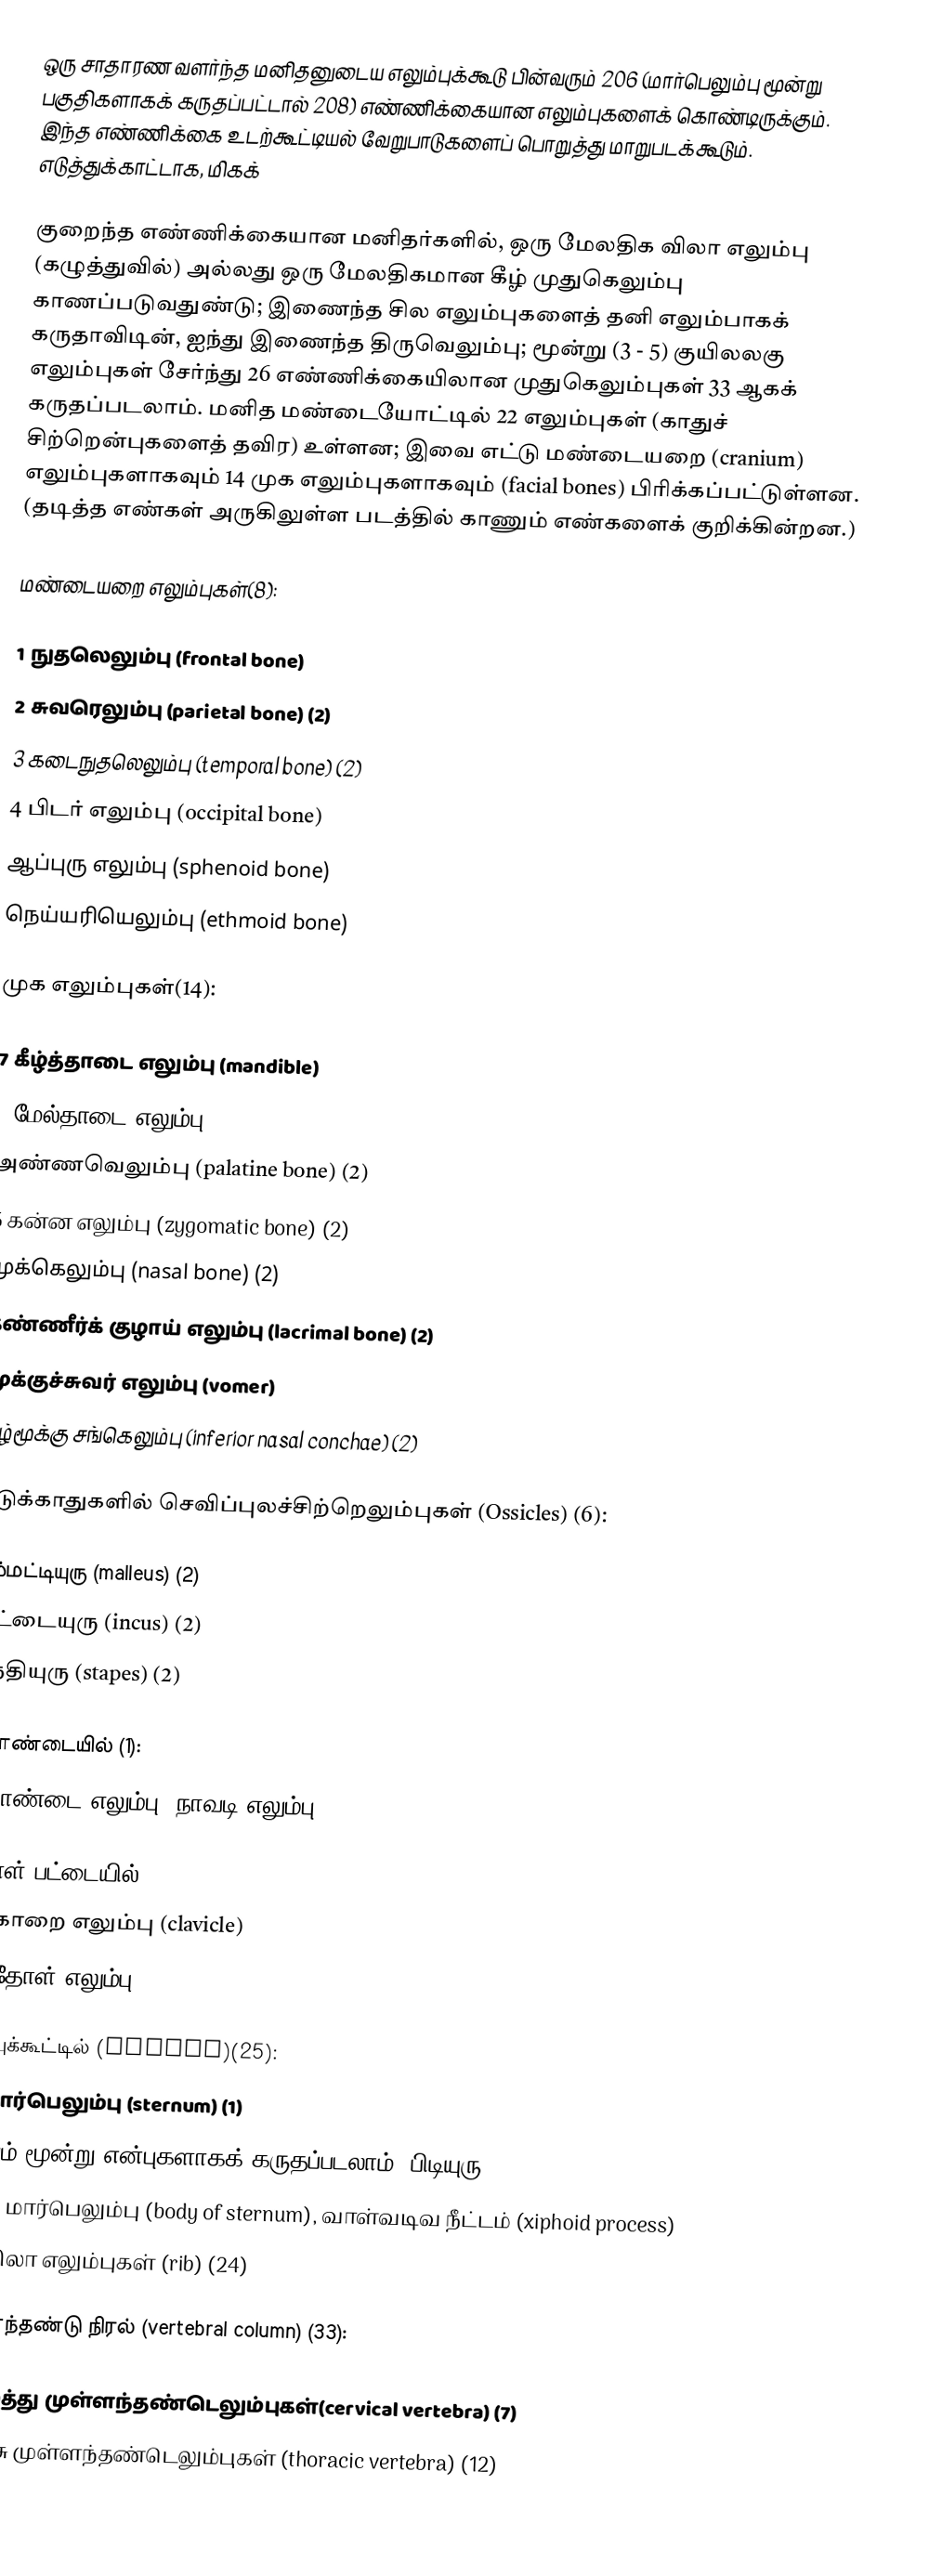
ஒரு சாதாரண வளர்ந்த மனிதனுடைய எலும்புக்கூடு பின்வரும் 206 (மார்பெலும்பு மூன்று பகுதிகளாகக் கருதப்பட்டால் 208) எண்ணிக்கையான எலும்புகளைக் கொண்டிருக்கும். இந்த எண்ணிக்கை உடற்கூட்டியல் வேறுபாடுகளைப் பொறுத்து மாறுபடக்கூடும். எடுத்துக்காட்டாக, மிகக்

குறைந்த எண்ணிக்கையான மனிதர்களில், ஒரு மேலதிக விலா எலும்பு (கழுத்துவில்) அல்லது ஒரு மேலதிகமான கீழ் முதுகெலும்பு காணப்படுவதுண்டு; இணைந்த சில எலும்புகளைத் தனி எலும்பாகக் கருதாவிடின், ஐந்து இணைந்த திருவெலும்பு; மூன்று (3 - 5) குயிலலகு எலும்புகள் சேர்ந்து 26 எண்ணிக்கையிலான முதுகெலும்புகள் 33 ஆகக் கருதப்படலாம். மனித மண்டையோட்டில் 22 எலும்புகள் (காதுச் சிற்றென்புகளைத் தவிர) உள்ளன; இவை எட்டு மண்டையறை (cranium) எலும்புகளாகவும் 14 முக எலும்புகளாகவும் (facial bones) பிரிக்கப்பட்டுள்ளன. (தடித்த எண்கள் அருகிலுள்ள படத்தில் காணும் எண்களைக் குறிக்கின்றன.)

மண்டையறை எலும்புகள்(8):

 1 நுதலெலும்பு (frontal bone)
 2 சுவரெலும்பு (parietal bone) (2)
 3 கடைநுதலெலும்பு (temporal bone) (2)
 4 பிடர் எலும்பு (occipital bone)
ஆப்புரு எலும்பு (sphenoid bone)
நெய்யரியெலும்பு (ethmoid bone)

முக எலும்புகள்(14):

 7 கீழ்த்தாடை எலும்பு (mandible)
 6 மேல்தாடை எலும்பு (maxilla) (2)
அண்ணவெலும்பு (palatine bone) (2)
 5 கன்ன எலும்பு  (zygomatic bone) (2)
மூக்கெலும்பு (nasal bone) (2)
கண்ணீர்க் குழாய் எலும்பு (lacrimal bone) (2)
மூக்குச்சுவர் எலும்பு (vomer)
கீழ்மூக்கு சங்கெலும்பு (inferior nasal conchae) (2)

நடுக்காதுகளில் செவிப்புலச்சிற்றெலும்புகள் (Ossicles)  (6):

 சம்மட்டியுரு (malleus) (2)
 பட்டையுரு (incus) (2)
 ஏந்தியுரு (stapes) (2)

தொண்டையில் (1):
 தொண்டை எலும்பு (நாவடி எலும்பு) (hyoid)

தோள் பட்டையில் (4):
 25. காறை எலும்பு (clavicle)
 29. தோள் எலும்பு (scapula)

மார்புக்கூட்டில் (thorax)(25):
 10. மார்பெலும்பு (sternum) (1)
 மேலும் மூன்று என்புகளாகக் கருதப்படலாம்: பிடியுரு (manubrium),
 உடல் மார்பெலும்பு (body of sternum), வாள்வடிவ நீட்டம் (xiphoid process)
 28. விலா எலும்புகள் (rib) (24)

முள்ளந்தண்டு நிரல் (vertebral column) (33):

 8. கழுத்து முள்ளந்தண்டெலும்புகள்(cervical vertebra) (7)
 நெஞ்சு முள்ளந்தண்டெலும்புகள் (thoracic vertebra) (12)
 14